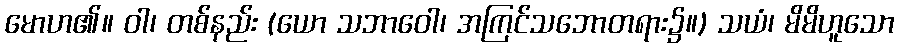
မောဟ၏။ ဝါ၊ တစ်နည်း (ယော သဘာဝေါ၊ အကြင်သဘောတရား၌။) သယံ၊ မိမိဟူသော